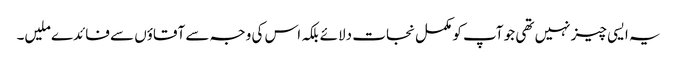
یہ ایسی چیز نہیں تھی جو آپ کو مکمل نجات دلائے بلکہ اس کی وجہ سے آقاؤں سے فائدے ملیں۔